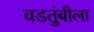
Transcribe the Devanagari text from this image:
वडतुंबीला